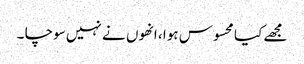
مجھے کیا محسوس ہوا ، انھوں نے نہیں سوچا ۔